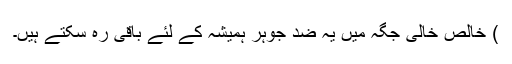
) خالص خالی جگہ میں یہ ضد جوہر ہمیشہ کے لئے باقی رہ سکتے ہیں۔